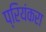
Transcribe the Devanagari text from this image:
प्रियंकरा